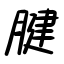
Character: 腱